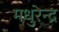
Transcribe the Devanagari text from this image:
मधुरेन्द्र